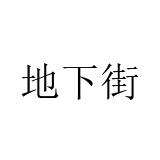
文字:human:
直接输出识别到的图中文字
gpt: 地下街